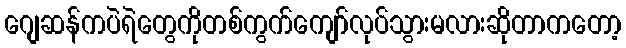
ဂျေဆန်ကပဲရဲတွေကိုတစ်ကွက်ကျော်လုပ်သွားမလားဆိုတာကတော့